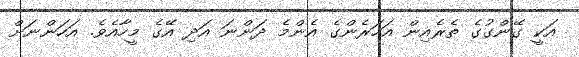
އަކީ ގޭންގުގެ ތެރެއިން އަހަރެންގެ އެންމެ ދަންނަ އަދި އޭގެ މީހާއެވެ. އަހަންނަށް